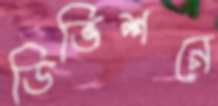
ডিভিশনে